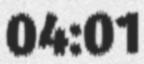
04:01